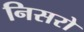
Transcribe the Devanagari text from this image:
निसरो